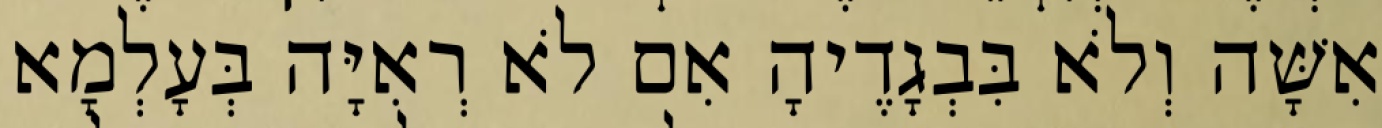
אִשָּׁה וְלֹא בִּבְגָדֶיהָ אִם לֹא רְאִיָּה בְּעָלְמָא